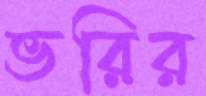
ভরির